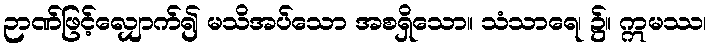
ဉာဏ်ဖြင့်လျှောက်၍ မသိအပ်သော အစရှိသော။ သံသာရေ၊ ၌။ ဣမဿ၊